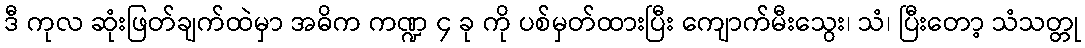
ဒီ ကုလ ဆုံးဖြတ်ချက်ထဲမှာ အဓိက ကဏ္ဍ ၄ ခု ကို ပစ်မှတ်ထားပြီး ကျောက်မီးသွေး၊ သံ၊ ပြီးတော့ သံသတ္တု